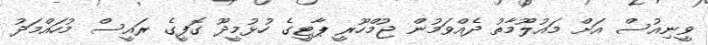
ވީނިއުސް އަށް މައުލޫމާތު ދެއްވަމުން ޖުމްހޫރީ ޕާޓީގެ ހުޅުމީދޫ ގޮފީގެ ރައީސް މުހައްމަދު